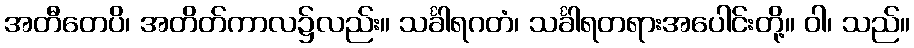
အတီတေပိ၊ အတိတ်ကာလ၌လည်း။ သင်္ခါရဂတံ၊ သင်္ခါရတရားအပေါင်းတို့။ ဝါ၊ သည်။